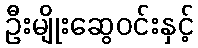
ဦးမျိုးဆွေဝင်းနှင့်